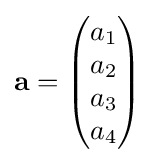
\mathbf {a} ={\begin{pmatrix}a_{1}\\a_{2}\\a_{3}\\a_{4}\end{pmatrix}}